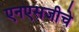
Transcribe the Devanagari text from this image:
एनएसजीचे